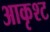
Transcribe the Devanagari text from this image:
आकृश्ट